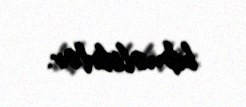
bilməlidirlər.